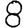
Digit: 8